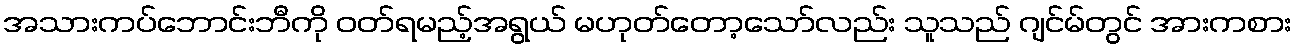
အသားကပ်ဘောင်းဘီကို ဝတ်ရမည့်အရွယ် မဟုတ်တော့သော်လည်း သူသည် ဂျင်မ်တွင် အားကစား